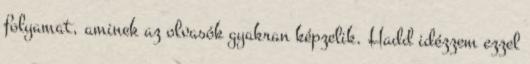
folyamat, aminek az olvasók gyakran képzelik. Hadd idézzem ezzel